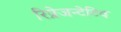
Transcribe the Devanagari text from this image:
रिप्रेजन्टेटिव